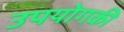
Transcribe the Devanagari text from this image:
उपयोगकी